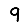
Digit: 9